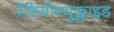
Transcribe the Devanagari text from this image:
रेडियोन्युक्लाइड